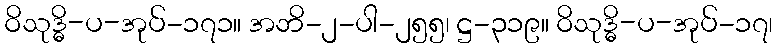
ဝိသုဒ္ဓိ-ပ-အုပ်-၁၇၁။ အဘိ-၂-ပါ-၂၅၅၊ ဋ္ဌ-၃၁၉။ ဝိသုဒ္ဓိ-ပ-အုပ်-၁၇၊